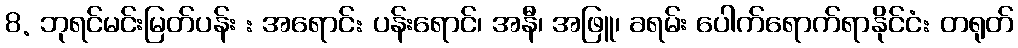
8. ဘုရင်မင်းမြတ်ပန်း : အရောင်: ပန်းရောင်၊ အနီ၊ အဖြူ၊ ခရမ်း ပေါက်ရောက်ရာနိုင်ငံ: တရုတ်